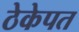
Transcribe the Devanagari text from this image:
ठेकेपत